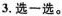
3.选一选。